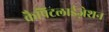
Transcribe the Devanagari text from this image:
कैपिटलाईज़ेशन